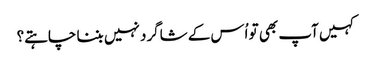
‏ کہیں آپ بھی تو اُس کے شاگرد نہیں بننا چاہتے؟